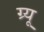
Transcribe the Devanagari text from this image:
ग्र्यू